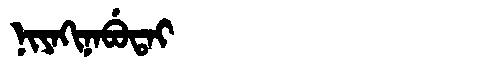
Manchu: ᠨᡳᠶᠠᡴᡳᠨᠠᠪᡠᡨᠠᡳ
Romanization: NIYAKINABUTAI